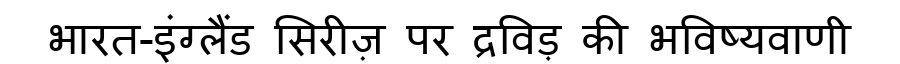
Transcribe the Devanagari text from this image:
भारत-इंग्लैंड सिरीज़ पर द्रविड़ की भविष्यवाणी